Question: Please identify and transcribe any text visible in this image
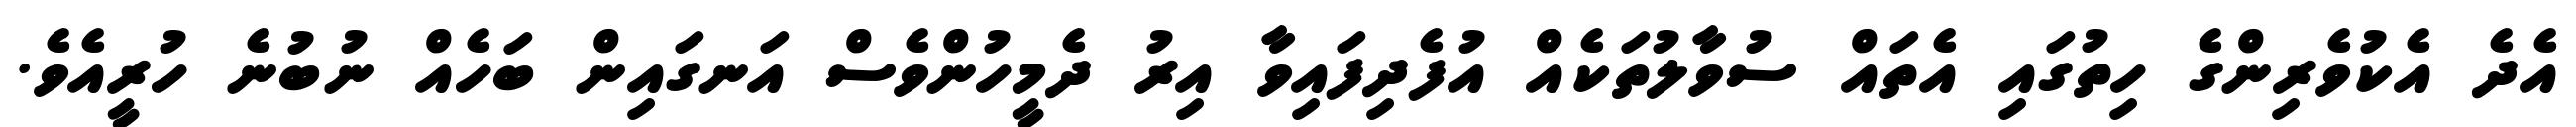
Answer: އެދެ އެކުވެރިންގެ ހިތުގައި އެތައް ސުވާލުތަކެއް އުފެދިފައިވާ އިރު ދެމީހުންވެސް އަނގައިން ބަހެއް ނުބުނެ ހުރީއެވެ.